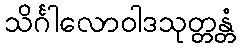
သိင်္ဂါလောဝါဒသုတ္တန္တံ